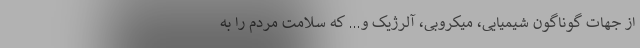
از جهات گوناگون شیمیایی، میکروبی، آلرژیک و... که سلامت مردم را به